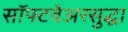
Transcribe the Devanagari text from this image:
सॉफ्टवेअरसुद्धा